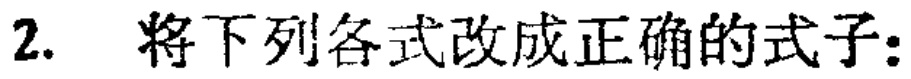
2. 将下列各式改成正确的式子：